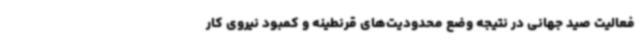
فعالیت صید جهانی در نتیجه وضع محدودیت‌های قرنطینه و کمبود نیروی کار